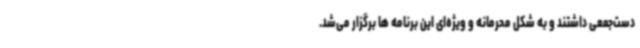
دست‌جمعی داشتند و به شکل محرمانه و ویژه‌ای این برنامه ها برگزار می‌شد.